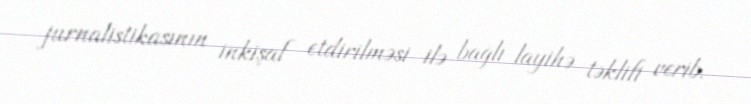
jurnalistikasının inkişaf etdirilməsi ilə bağlı layihə təklifi verib.